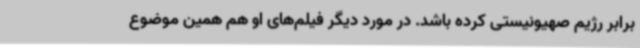
برابر رژیم صهیونیستی کرده باشد. در مورد دیگر فیلم‌های او هم همین موضوع